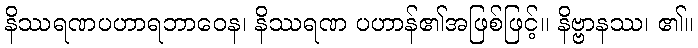
နိဿရဏပဟာရဘာဝေန၊ နိဿရဏ ပဟာန်၏အဖြစ်ဖြင့်။ နိဗ္ဗာနဿ၊ ၏။